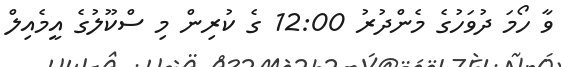
ވާ ހޯމަ ދުވަހުގެ މެންދުރު 12:00 ގެ ކުރިން މި ސްކޫލުގެ އީމެއިލް